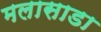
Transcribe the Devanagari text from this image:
मलासाडा